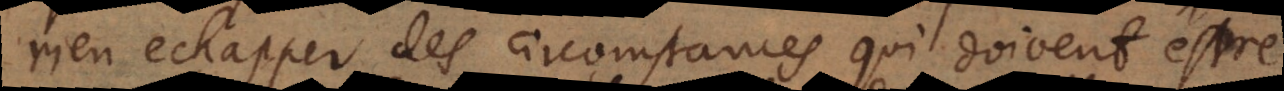
rien echapper des circomstances qui doivent estre